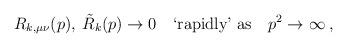
LaTeX: \begin{align*}R_{k,\mu\nu}(p),\: \tilde{R}_k(p) \to 0 \quad\mbox{`rapidly' as}\quad p^2 \to \infty \:, \end{align*}